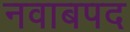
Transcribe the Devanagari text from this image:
नवाबपद